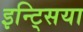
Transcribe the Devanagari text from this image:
इन्ट्सिया